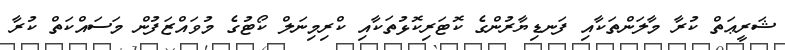
ޝަރީޢަތް ކުރާ މާލަންތަކާއި ފަނޑިޔާރުންގެ ކޮޓަރިކޮޅުތަކާއި ކްރިމިނަލް ކޯޓުގެ މުވައްޒަފުން މަސައްކަތް ކުރާ